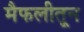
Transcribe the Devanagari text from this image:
मैफलीतून